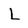
Character: L